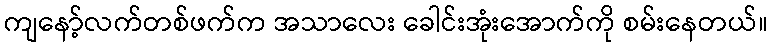
ကျနော့်လက်တစ်ဖက်က အသာလေး ခေါင်းအုံးအောက်ကို စမ်းနေတယ်။